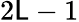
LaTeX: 2{\cal\mathsf{L}}-1